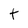
Character: t